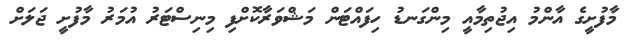
މާފުށީގެ އާންމު އިޖުތިމާއީ މިންގަނޑު ހިފައްޓަން މަޝްވަރާކޮށްފި މިނިސްޓަރު އުމަރު މާފުށީ ޖަލަށް